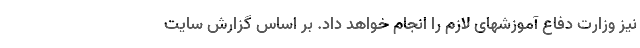
نیز وزارت دفاع آموزشهای لازم را انجام خواهد داد. بر اساس گزارش سایت